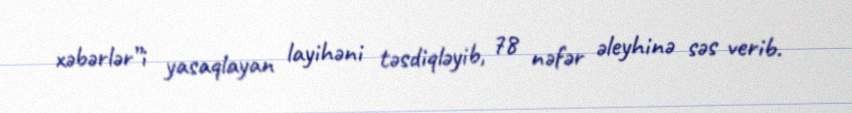
xəbərlər”i yasaqlayan layihəni təsdiqləyib, 78 nəfər əleyhinə səs verib.